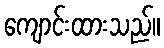
ကျောင်းထားသည်။